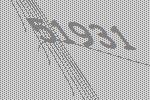
51931